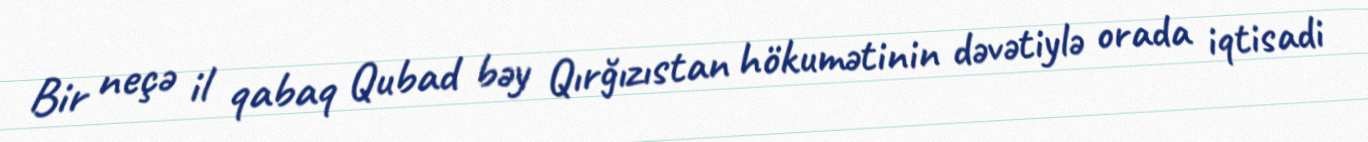
Bir neçə il qabaq Qubad bəy Qırğızıstan hökumətinin dəvətiylə orada iqtisadi